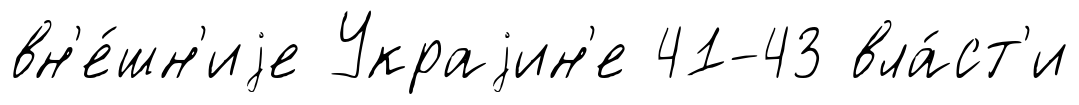
вн'е́шн'иjе Украjин'е 41-43 вла́ст'и